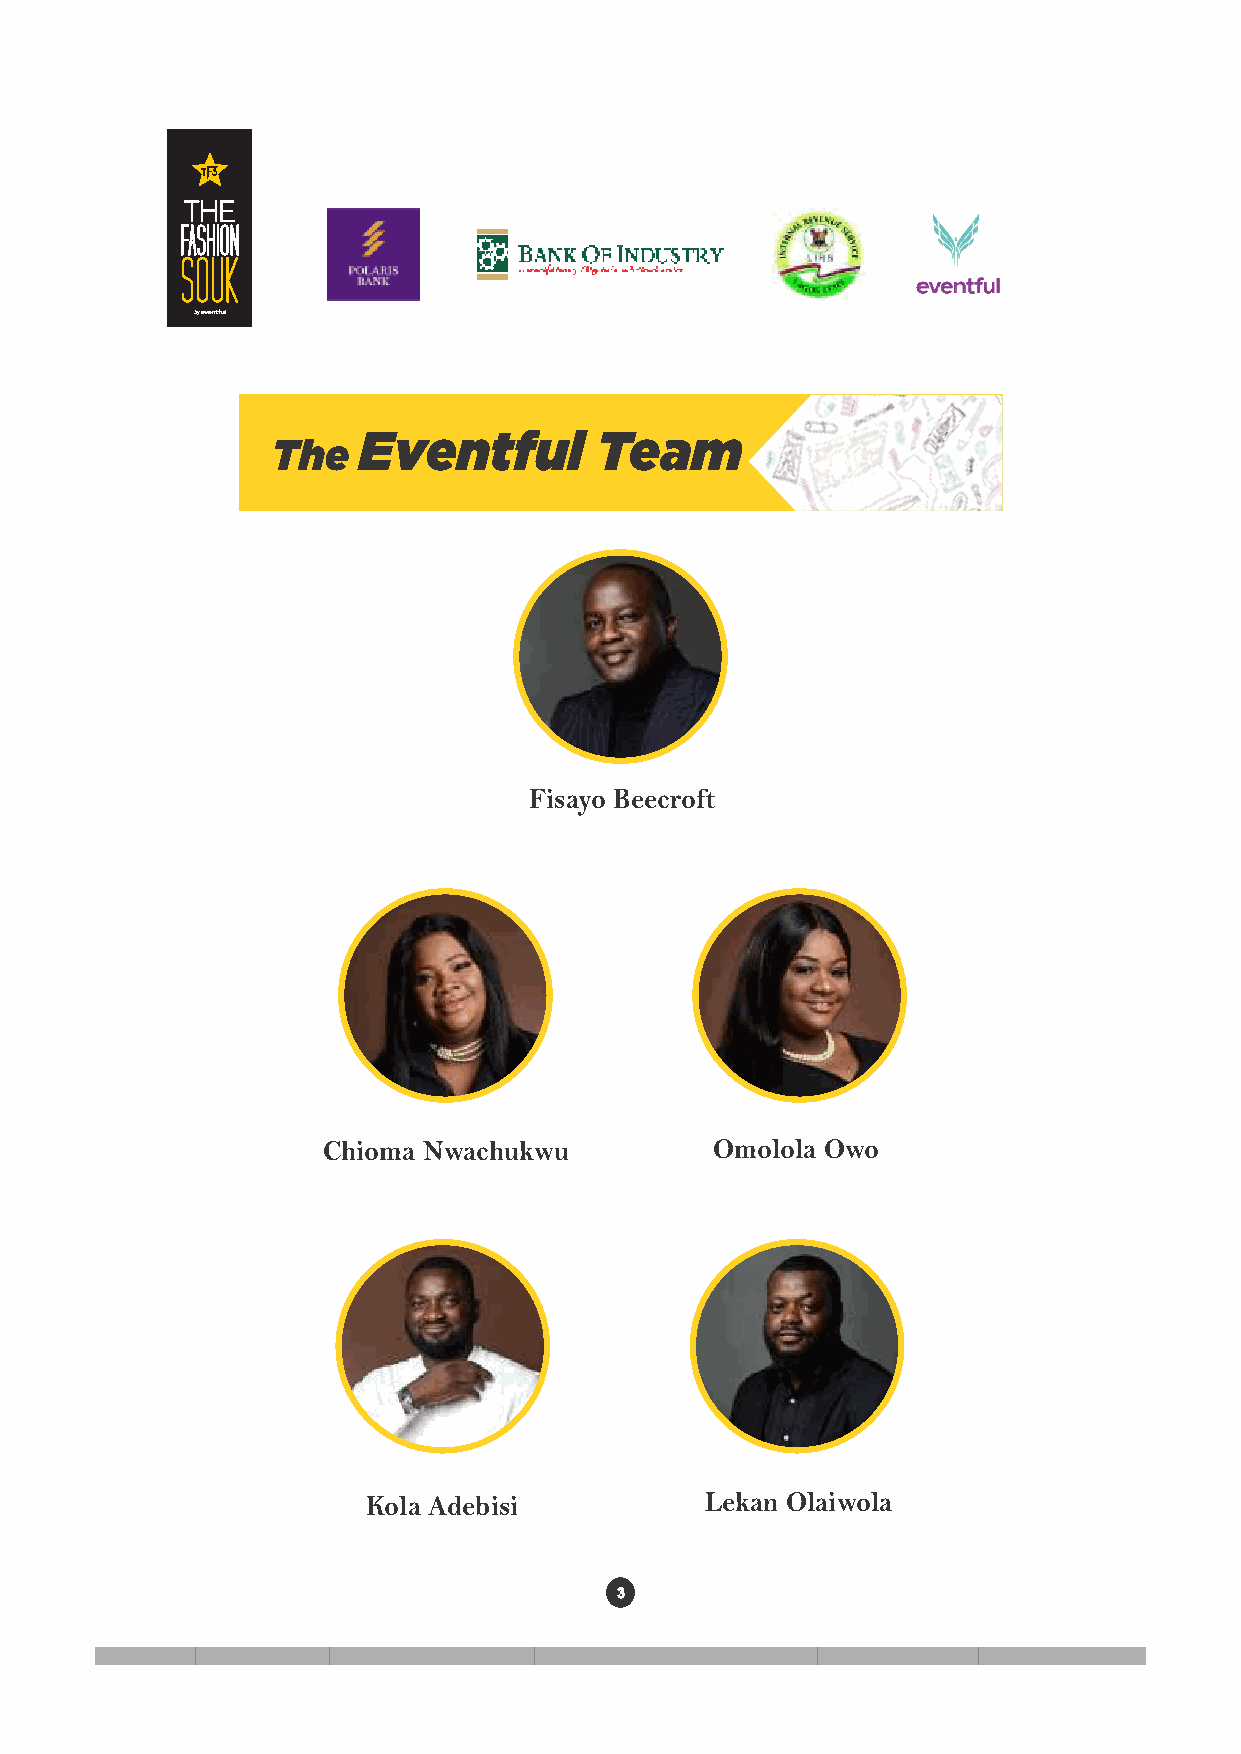
The   Eventful       Team
 Fisayo Beecroft
 Chioma Nwachukwu          Omolola Owo
 Kola Adebisi           Lekan Olaiwola
 3